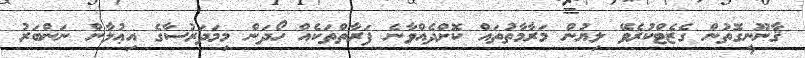
ޤާނޫނީގޮތުން ގެޒެޓްކުރެވޭ ލިޔުން މަރާމާތުތައް ކޮށްދެއްވާނެ ފަރާތްތަކެއް ހޯދަން މިމަދަރުސާގެ އިޢުލާން ނަންބަރު